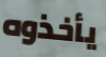
يأخذوه